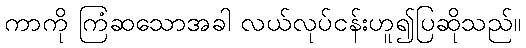
ကာကို ကြံဆသောအခါ လယ်လုပ်ငန်းဟူ၍ပြဆိုသည်။